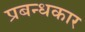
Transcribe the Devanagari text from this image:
प्रबन्धकार